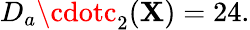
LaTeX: D_{a}\cdotc_{2}(\mathbf{X})=24.